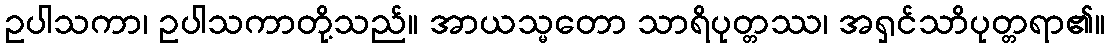
ဥပါသကာ၊ ဥပါသကာတို့သည်။ အာယသ္မတော သာရိပုတ္တဿ၊ အရှင်သာိပုတ္တရာ၏။